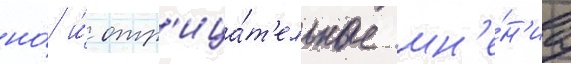
но́ и́ отр'ица́т'ельные мн'е́н'иа